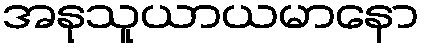
အနုသူယာယမာနော